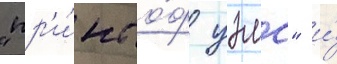
"пр'и́нс о́ф уэлс" и́